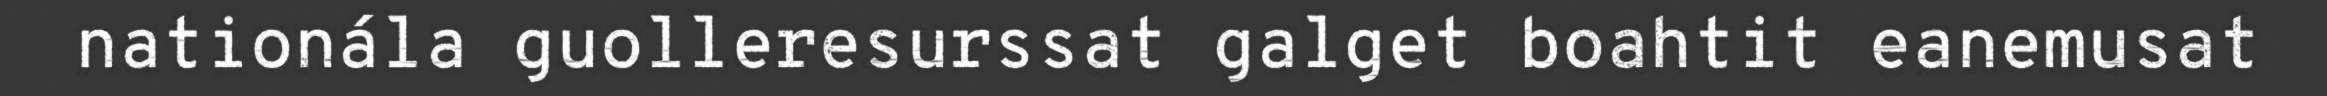
nationála guolleresurssat galget boahtit eanemusat